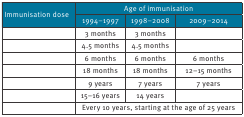
<table><thead><tr><td rowspan="2"><b>Immunisation dose</b></td><td colspan="3"><b>Age of immunisation</b></td></tr><tr><td><b>1994–1997</b></td><td><b>1998–2008</b></td><td><b>2009–2014</b></td></tr></thead><tbody><tr><td>[EMPTY_CELL]</td><td>3 months</td><td>3 months</td><td>[EMPTY_CELL]</td></tr><tr><td>[EMPTY_CELL]</td><td>4.5 months</td><td>4.5 months</td><td>[EMPTY_CELL]</td></tr><tr><td>[EMPTY_CELL]</td><td>6 months</td><td>6 months</td><td>6 months</td></tr><tr><td>[EMPTY_CELL]</td><td>18 months</td><td>18 months</td><td>12–15 months</td></tr><tr><td>[EMPTY_CELL]</td><td>9 years</td><td>7 years</td><td>7 years</td></tr><tr><td>[EMPTY_CELL]</td><td>15–16 years</td><td>14 years</td><td>[EMPTY_CELL]</td></tr><tr><td>[EMPTY_CELL]</td><td colspan="3">Every 10 years, starting at the age of 25 years</td></tr></tbody></table>